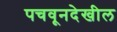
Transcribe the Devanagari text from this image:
पचवूनदेखील